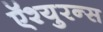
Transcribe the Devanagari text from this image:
ऍश्युरन्स